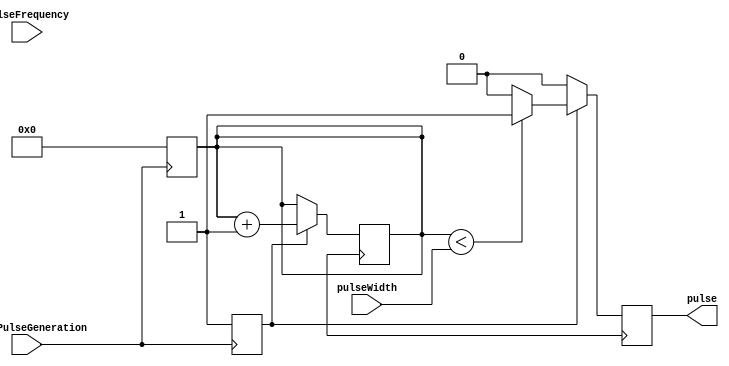
module PulseGenerator (
    input wire [7:0] pulseWidth,
    input wire [15:0] pulseFrequency,
    input wire startPulseGeneration,
    output reg pulse
);

reg [15:0] counter;
reg pulseEnable;

always @(posedge startPulseGeneration) begin
    counter <= 16'd0;
    pulseEnable <= 1'b1;
end

always @(posedge clk) begin
    if (pulseEnable) begin
        if (counter < pulseWidth) begin
            pulse <= 1'b1;
        end else begin
            pulse <= 1'b0;
            if (counter >= pulseFrequency) begin
                counter <= 16'd0;
            end
        end
        counter <= counter + 1;
    end else begin
        pulse <= 1'b0;
    end
end

endmodule